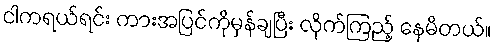
ငါကရယ်ရင်း ကားအပြင်ကိုမှန်ချပြီး လိုက်ကြည့် နေမိတယ်။